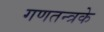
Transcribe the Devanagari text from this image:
गणतन्त्रके